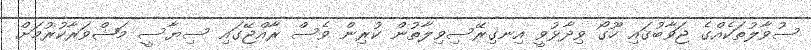
ސުވާލުތަކެއްގެ ޖަވާބުގައި ހޫގޯ ވިދާޅުވީ އިނގިރޭސިވިލާތުން ކުރިން ވެސް ރާއްޖޭގައި ސިޔާސީ މަޝްވަރާކުރުމަށް